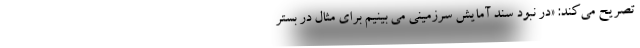
تصریح می‌کند: «در نبود سند آمایش سرزمینی می بینیم برای مثال در بستر